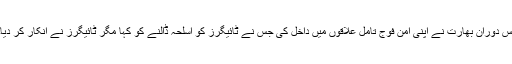
اس دوران بھارت نے اپنی امن فوج تامل علاقوں میں داخل کی جس نے ٹائیگرز کو اسلحہ ڈالنے کو کہا مگر ٹائیگرز نے انکار کر دیا۔